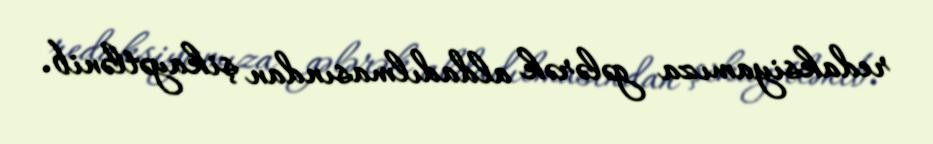
redaksiyamıza gələrək aldadılmasından şikayətlənib.